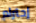
إحترام